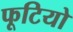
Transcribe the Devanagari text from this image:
फूटियो